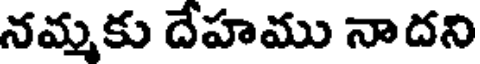
నమ్మకు దేహము నాదని